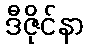
ဒီဇိုင်နာ